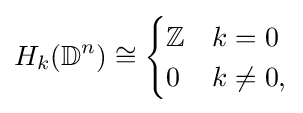
H_{k}(\mathbb {D} ^{n})\cong {\begin{cases}\mathbb {Z} &k=0\\0&k\neq 0,\end{cases}}